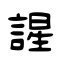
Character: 謃